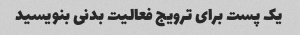
یک پست برای ترویج فعالیت بدنی بنویسید